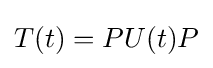
\displaystyle {T(t)=PU(t)P}